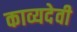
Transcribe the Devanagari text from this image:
काव्यदेवी